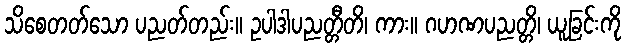
သိစေတတ်သော ပညတ်တည်း။ ဥပါဒါပညတ္တီတိ၊ ကား။ ဂဟဏပညတ္တိ၊ ယူခြင်းကို